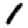
Digit: 1